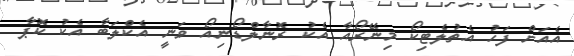
އެއަށް ފަހު އެތުލެޓިކޯ މިނޭރޯއާ އެކު ރޮނާލްޑޯނިއޯ ވަނީ އެކްލަބާ އެކު ކޮޕާ